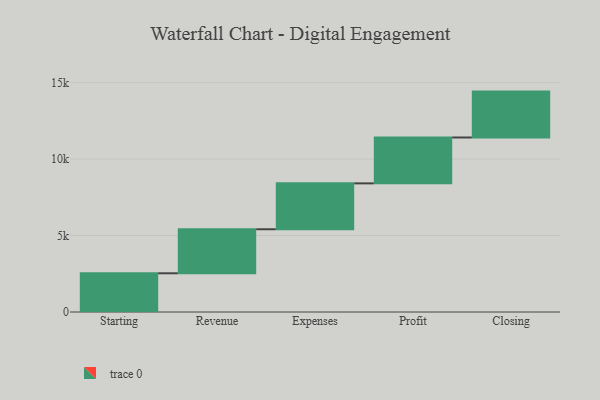
{"axis": {"x": "Step", "y": "Value"}, "legend": [""], "data": [{"x": "Starting", "y": 2531.0, "type": ""}, {"x": "Revenue", "y": 2879.0, "type": ""}, {"x": "Expenses", "y": 3000, "type": ""}, {"x": "Profit", "y": 3000, "type": ""}, {"x": "Closing", "y": 3000, "type": ""}]}